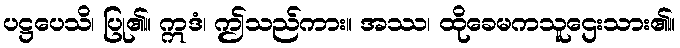
ပဋ္ဌပေသိ၊ ပြု၏။ ဣဒံ၊ ဤသည်ကား။ အဿ၊ ထိုခေမကသူဌေးသား၏။